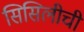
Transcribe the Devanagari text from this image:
सिसिलीची